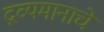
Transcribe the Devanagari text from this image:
द्रव्यमानाचे